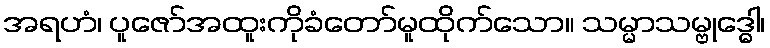
အရဟံ၊ ပူဇော်အထူးကိုခံတော်မူထိုက်သော။ သမ္မာသမ္ဗုဒ္ဓေါ၊